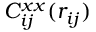
C _ { i j } ^ { x x } ( r _ { i j } )